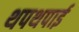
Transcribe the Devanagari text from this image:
थपथपाई